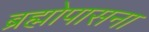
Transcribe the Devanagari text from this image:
ब्रह्मोपासना